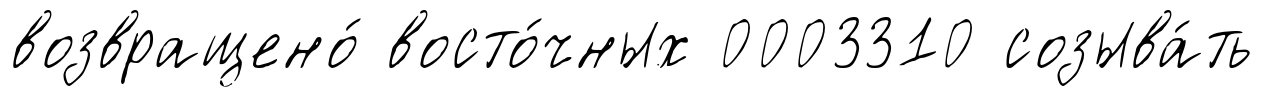
возвращено́ восто́чных 0003310 созыва́ть